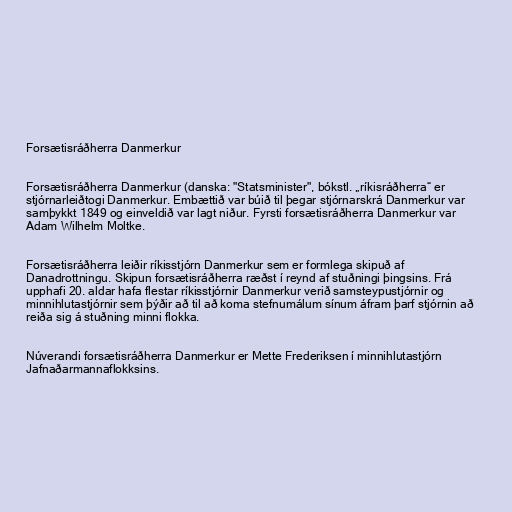
Forsætisráðherra Danmerkur

Forsætisráðherra Danmerkur (danska: "Statsminister", bókstl. „ríkisráðherra“ er
stjórnarleiðtogi Danmerkur. Embættið var búið til þegar stjórnarskrá Danmerkur var
samþykkt 1849 og einveldið var lagt niður. Fyrsti forsætisráðherra Danmerkur var
Adam Wilhelm Moltke.

Forsætisráðherra leiðir ríkisstjórn Danmerkur sem er formlega skipuð af
Danadrottningu. Skipun forsætisráðherra ræðst í reynd af stuðningi þingsins. Frá
upphafi 20. aldar hafa flestar ríkisstjórnir Danmerkur verið samsteypustjórnir og
minnihlutastjórnir sem þýðir að til að koma stefnumálum sínum áfram þarf stjórnin að
reiða sig á stuðning minni flokka.

Núverandi forsætisráðherra Danmerkur er Mette Frederiksen í minnihlutastjórn
Jafnaðarmannaflokksins.